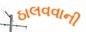
ઠાલવવાની